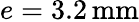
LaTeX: e=3.2\, \textrm{mm}